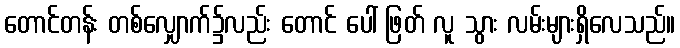
တောင်တန်း တစ်လျှောက်၌လည်း တောင် ပေါ် ဖြတ် လူ သွား လမ်းများရှိလေသည်။